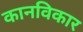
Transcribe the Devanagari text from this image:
कानविकार